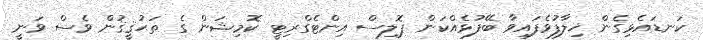
ކަނޑައެޅިގެން ޚިލާފުވެފައިވާ ބޭފުޅެއްކަން ޕޮލިސް އިންޓެގްރިޓީ ކޮމިޝަން ގެ ތަޙުޤީޤުން ވެސް ވަނީ